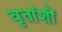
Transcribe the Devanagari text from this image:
वृतांशों